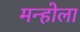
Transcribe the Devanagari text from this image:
मन्होला